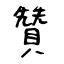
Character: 贊